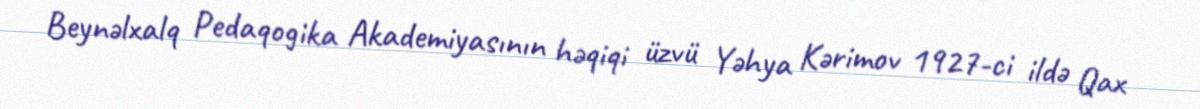
Beynəlxalq Pedaqogika Akademiyasının həqiqi üzvü Yəhya Kərimov 1927-ci ildə Qax